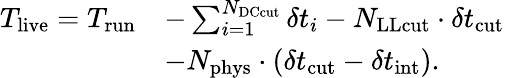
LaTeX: \begin{array}{rl}{T_{\mathrm{live}}=T_{\mathrm{run}}}&{-\sum_{i=1}^{N_{\mathrm{DCcut}}}\delta t_{i}-N_{\mathrm{LLcut}}\cdot\delta t_{\mathrm{cut}}}\\ &{-N_{\mathrm{phys}}\cdot(\delta t_{\mathrm{cut}}-\delta t_{\mathrm{int}}).}\end{array}